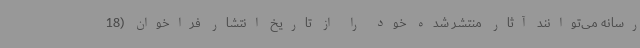
رسانه می‌توانند آثار منتشر شده خود را از تاریخ انتشار فراخوان (18